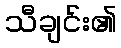
သီချင်း၏